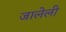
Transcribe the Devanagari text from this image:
जालेली